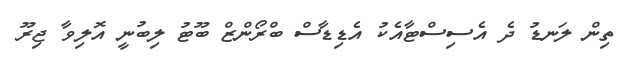
ތިން ލަނޑު ދެ އެސިސްޓާއެކު އެޑިޑާސް ބްރޯންޒް ބޫޓު ލިބުނީ އޮލިވާ ޖިރޫ